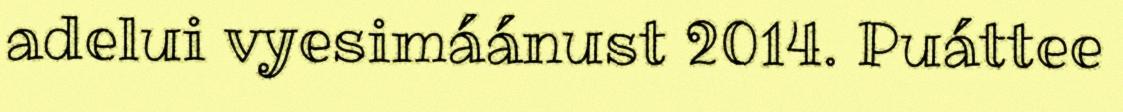
adelui vyesimáánust 2014. Puáttee